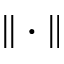
\| \cdot \|